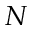
N